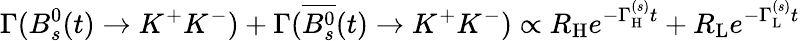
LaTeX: \Gamma(B_{s}^{0}(t)\to K^{+}K^{-})+\Gamma(\overline{{{B_{s}^{0}}}}(t)\to K^{+}K^{-})\propto R_{\mathrm{H}}e^{-\Gamma_{\mathrm{H}}^{(s)}t}+R_{\mathrm{L}}e^{-\Gamma_{\mathrm{L}}^{(s)}t}